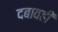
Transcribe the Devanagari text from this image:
दबावही